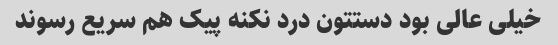
خیلی عالی بود دستتون درد نکنه پیک هم سریع رسوند